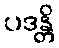
ပဒန္တိ